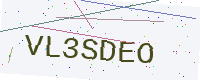
Text: VL3SDEO